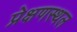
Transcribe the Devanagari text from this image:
प्रेक्षणस्थल